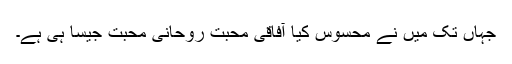
جہاں تک میں نے محسوس کیا آفاقی محبت روحانی محبت جیسا ہی ہے۔